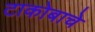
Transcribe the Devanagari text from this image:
टाकोबाचे